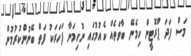
މަސް ފަދަ ޕްރޮޓީން ހިމެނޭ ބާވަތެއް ކެއުމުގައި ނުހިމަނާ ފަހަރަކު ފަތް ބޭނުންކުރުމުން